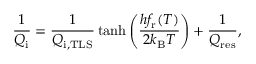
\frac { 1 } { Q _ { \mathrm { i } } } = \frac { 1 } { Q _ { \mathrm { i , T L S } } } \operatorname { t a n h } \left( \frac { h f _ { \mathrm { r } } ( T ) } { 2 k _ { \mathrm { B } } T } \right) + \frac { 1 } { Q _ { \mathrm { r e s } } } ,